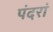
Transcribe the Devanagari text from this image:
पंदरां